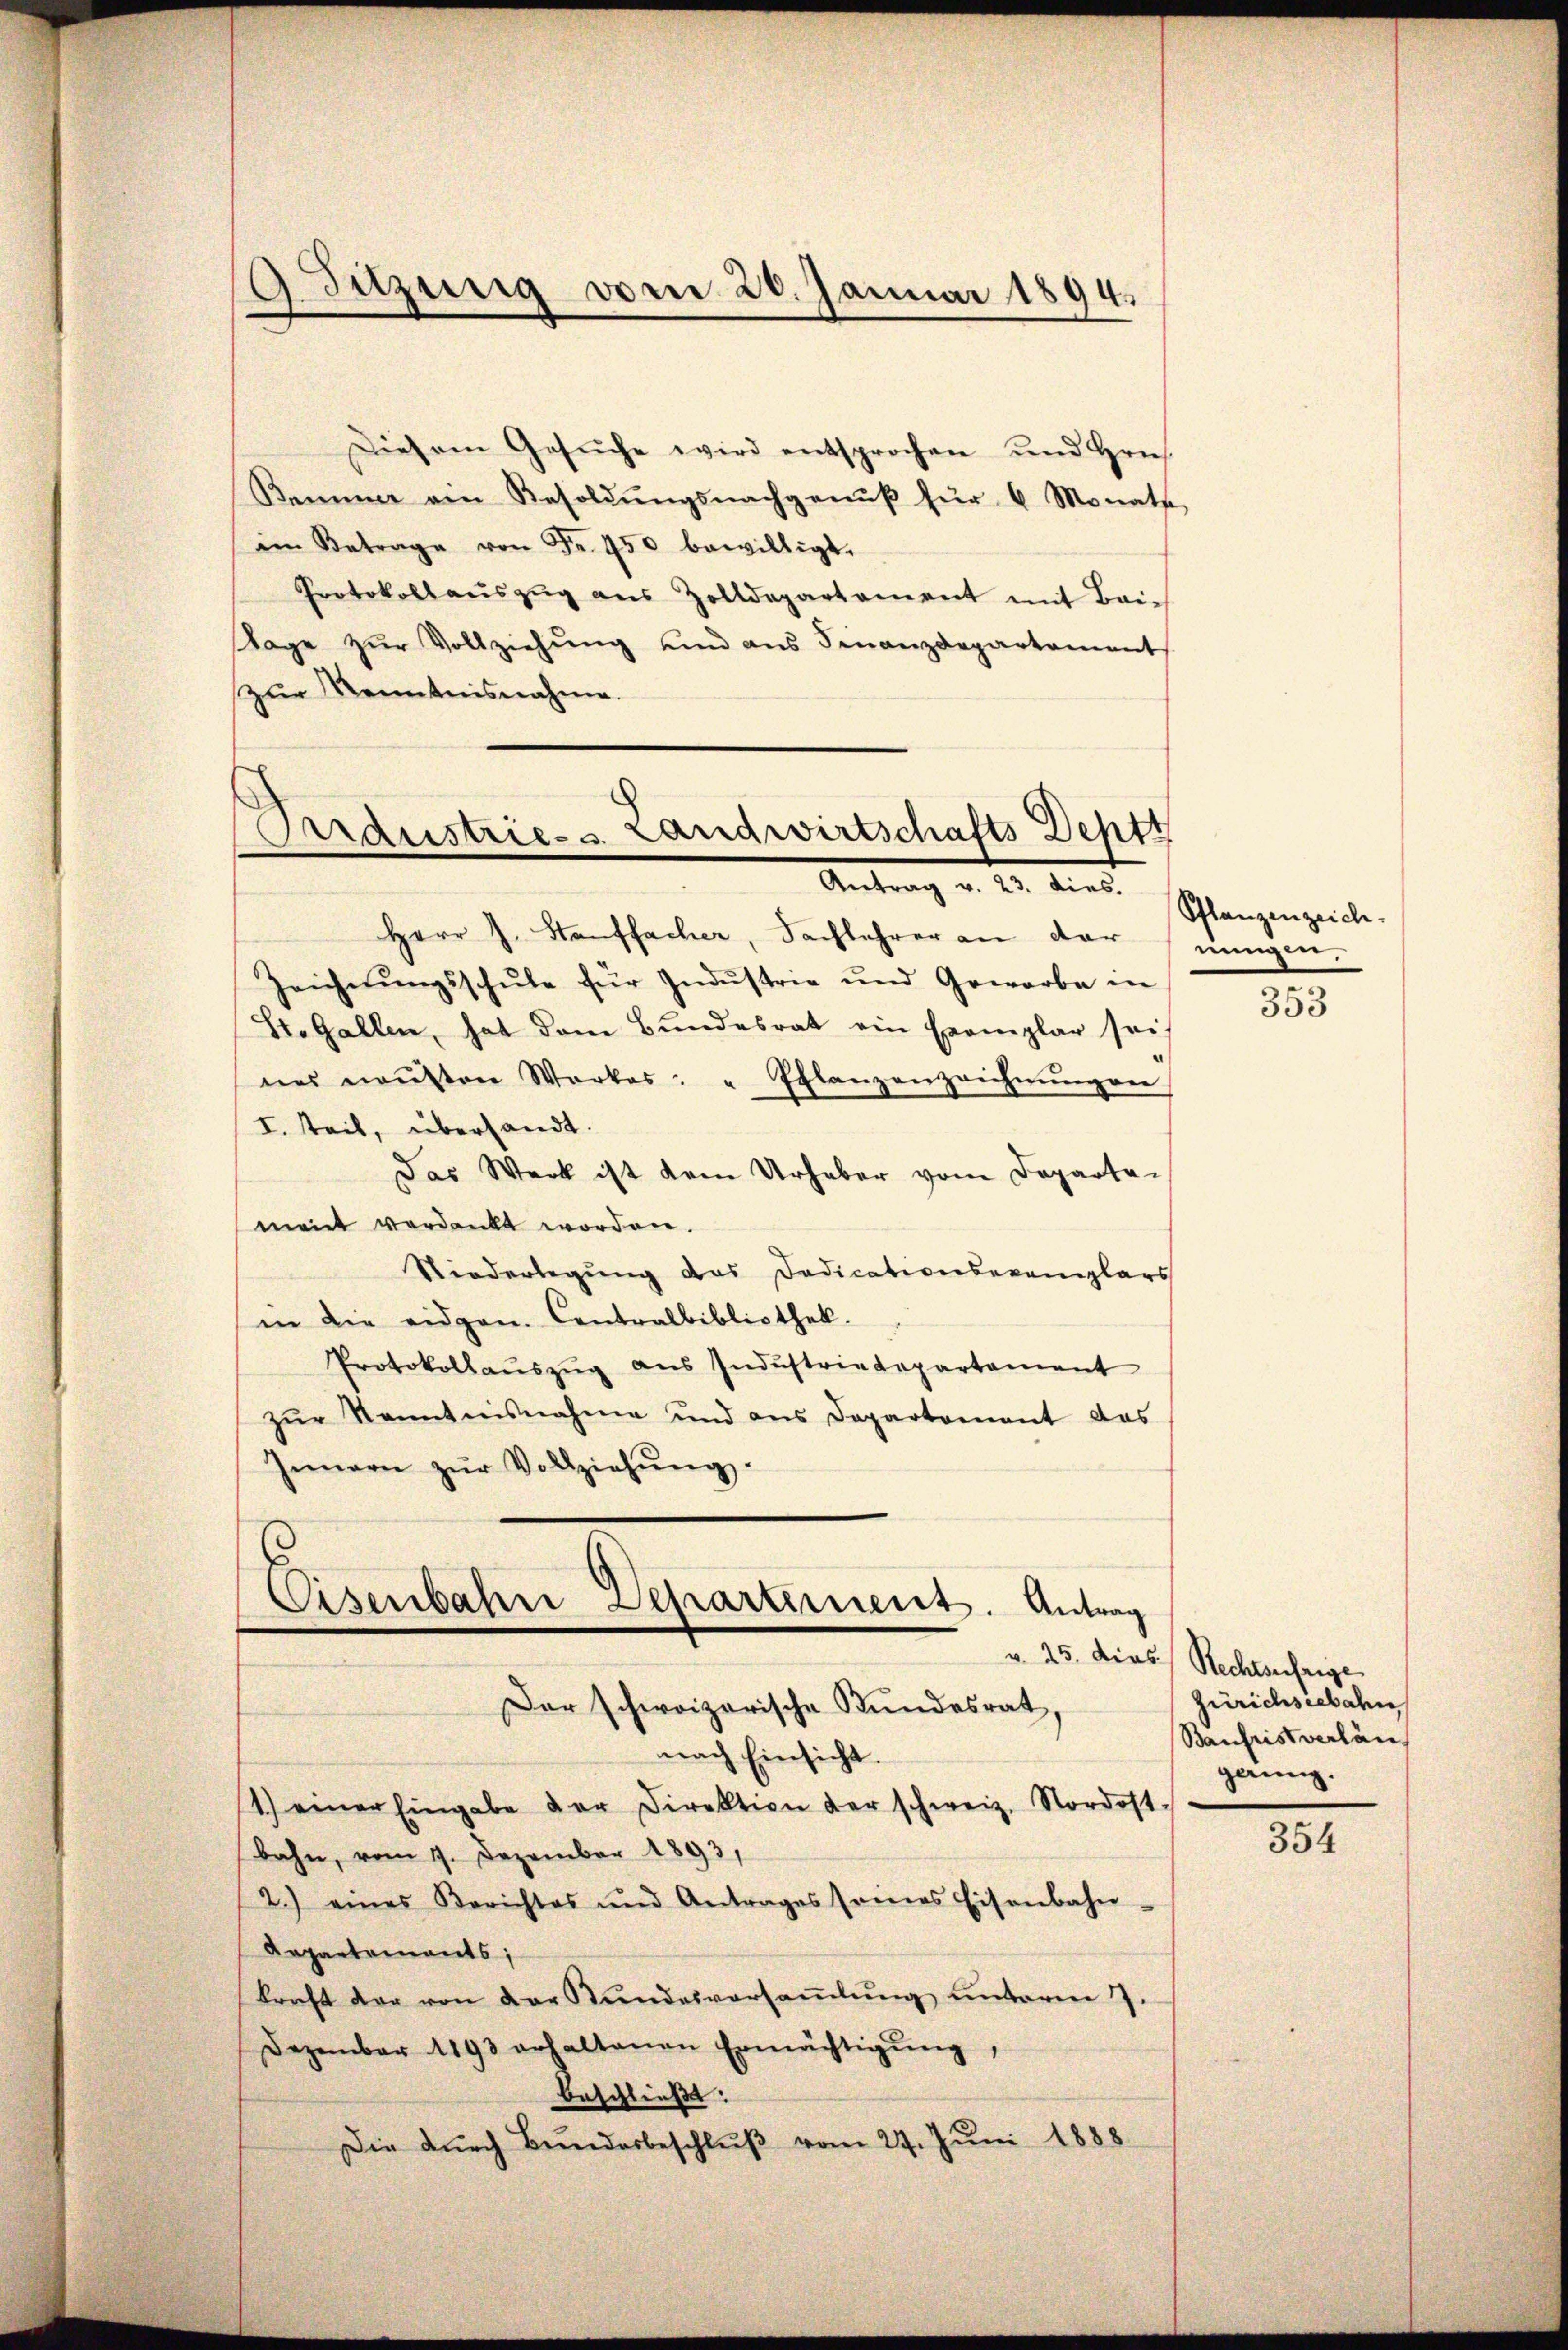
Diesem Gesŭche wird entsprochen und Hrn.
Kammer am Besoldŭngsnachgenŭβ für 6 Monath
im Betrage von Fr. 450 bewilligt.
Protokollaŭszŭg aŭs Zolldepartament mit Bai¬
Tage zŭr Vollziehŭng und ans Finanzdepartament
zur Kenntnisnahme

Sitzung vom 20. Januar 1894.

Ardustrie- u. Landwirtschafts-Deptt
Antrag v. 22. Anst

Herr J. Stauffacher, Sachlehrer an der nungen,
Zeicherŭngsschŭle für Indŭstrie und Gewerbe in
St. Gallen, hat dem Bundesrat ein Exemplar sei.
nes neusten Werkes: " Eflanzenzeichnŭngen
I. Teil, übersandt.
Das Werk ist dem Urhaber vom Departemeint verdankt worden.
Niederlegung das Dadicationserenlars
in die eidgen. Contralbibliothek.
Protokollaŭszŭg aŭs Indŭstriedepartament
zur Kenntnisnahme und aus Departement das
Innern zŭr Vollziehŭng.

Eisenbahre Departement. Antrag
Der schweizerische Bundesrat,

nach Einsicht.
1.) einer Eingabe der Direktion der schweiz. Nordost
bahn, vom 9. Dezember 1893,
2.) eines Berichtes und Antrages seines Eisenbahn-
Arpartements;
kraft der von der Stundesversaṁlŭng unterm 7.
Dezember 1893 erhaltenen Ermächtigŭng,
beschließt:
Die dŭrch Bŭndesbeschlŭβ vom 27. Jŭni 1888.

Pflanzenzeich.

—
353

u. 25. dies Rechtseifrige
Zürichseebahn
Baufristverlän
gerung.

354